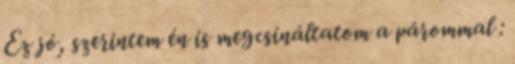
Ez jó, szerintem én is megcsináltatom a párommal :